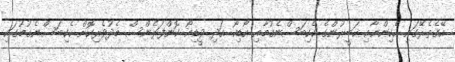
އޭގެތެރޭގައި ހެކިންނާއި ޚަބީރުންގެ ހެކިބަސްނެގުމާއި އޯޑިއޯ އަދި ވީޑިއޯ ކޮންފަރެންސް މެދުވެރިކޮށް ހެކިބަސްނެގުމުގައި